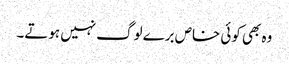
وہ بھی کوئی خاص برے لوگ نہیں ہوتے۔